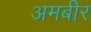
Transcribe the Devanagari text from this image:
अमबीर